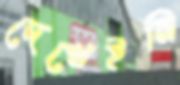
দেখেইনি